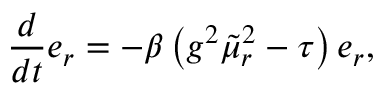
\centering { \frac { d } { d t } e _ { r } = - \beta \left( g ^ { 2 } \tilde { \mu } _ { r } ^ { 2 } - \tau \right) e _ { r } } ,